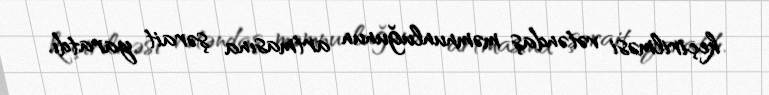
keçirilməsi vətəndaş məmnunluğunun artmasına şərait yaratdı.